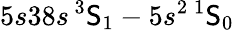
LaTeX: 5s38s\, ^{3}\mathsf{S}_{1}-5s^{2}\, ^{1}\mathsf{S}_{0}